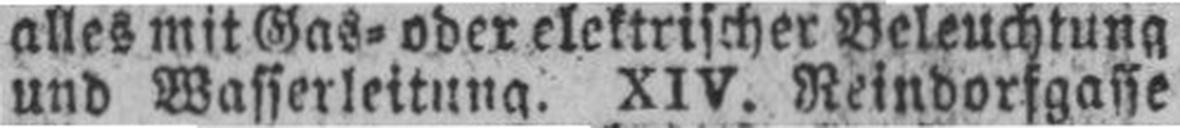
und Wasserleitung. XIV. Reindorfgasse